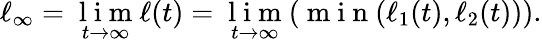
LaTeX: \ell_{\infty}=\underset{t\to\infty}{\mathrm{~l~i~m~}}\ell(t)=\underset{t\to\infty}{\mathrm{~l~i~m~}}(\mathrm{~m~i~n~}(\ell_{1}(t),\ell_{2}(t))).